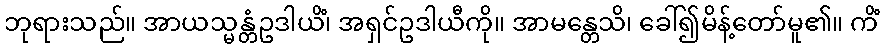
ဘုရားသည်။ အာယသ္မန္တံဥဒါယိံ၊ အရှင်ဥဒါယီကို။ အာမန္တေသိ၊ ခေါ်၍မိန့်တော်မူ၏။ ကိံ